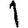
Digit: 1